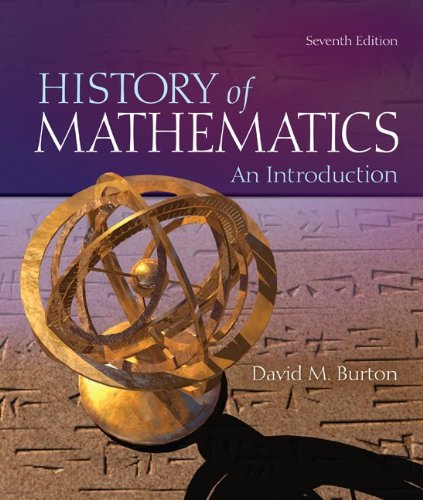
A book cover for The History of Mathematics: An Introduction; David Burton; Science & Math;